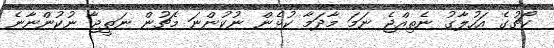
ކޯޗުގެ އަހުލާގު ނެތިއްޖެ ނަމަ މާދަމާ ކުޅެން ނުކުންނަ މެޗުން ނަތީޖާ ނުކުންނާނެ